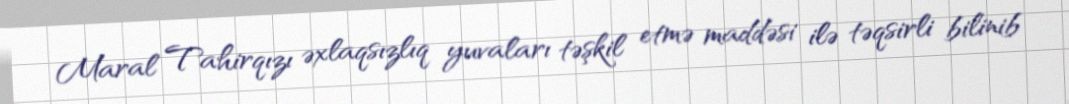
Maral Tahirqızı əxlaqsızlıq yuvaları təşkil etmə maddəsi ilə təqsirli bilinib